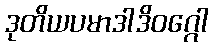
ဒုတိယပမာဒါဒိဝဂ္ဂေါ